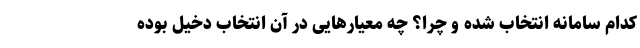
کدام سامانه انتخاب شده و چرا؟ چه معیارهایی در آن انتخاب دخیل بوده